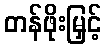
တန်ဖိုးမြှင့်